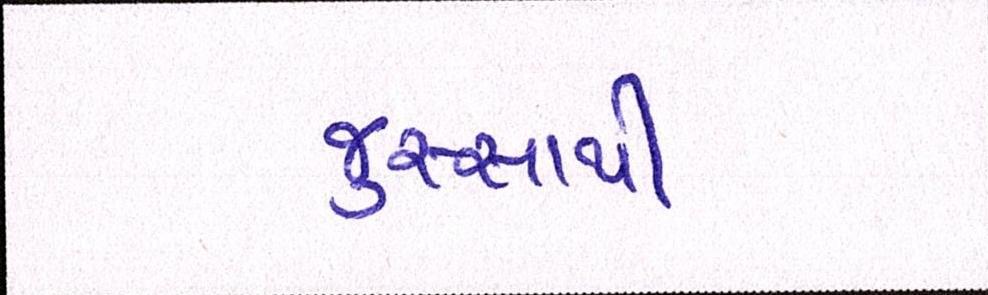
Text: જુસ્સાથી